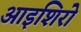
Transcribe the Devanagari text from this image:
आइशिरो